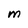
Character: M